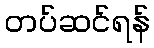
တပ်ဆင်ရန်